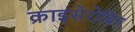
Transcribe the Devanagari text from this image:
क्राइसेरोबिन